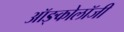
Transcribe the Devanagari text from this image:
ऑङ्कोलॉजी